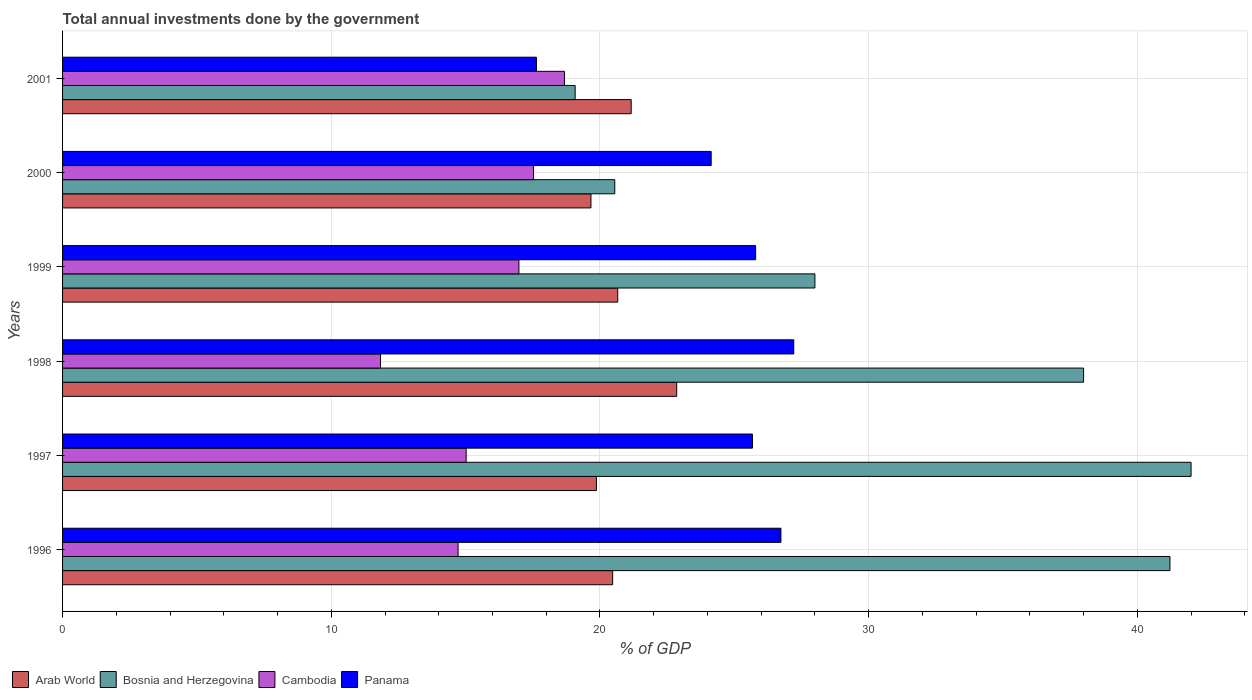
| Years | Arab World | Bosnia and Herzegovina | Cambodia | Panama |
 | --- | --- | --- | --- | --- |
 | 1996 | 20.5 | 41.2 | 14.7 | 26.7 |
 | 1997 | 19.9 | 42 | 15 | 25.7 |
 | 1998 | 22.9 | 38 | 11.8 | 27.2 |
 | 1999 | 20.7 | 28 | 17 | 25.8 |
 | 2000 | 19.7 | 20.6 | 17.5 | 24.1 |
 | 2001 | 21.2 | 19.1 | 18.7 | 17.6 |